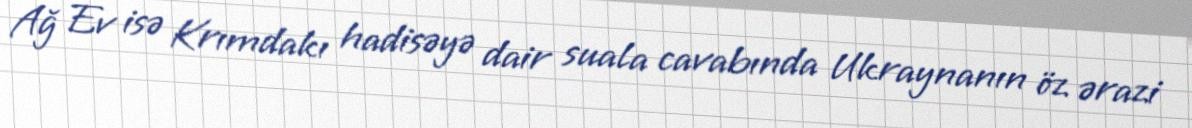
Ağ Ev isə Krımdakı hadisəyə dair suala cavabında Ukraynanın öz ərazi